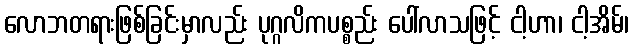
လောဘတရားဖြစ်ခြင်းမှာလည်း ပုဂ္ဂလိကပစ္စည်း ပေါ်လာသဖြင့် ငါ့ဟာ၊ ငါ့အိမ်၊